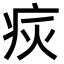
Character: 𤵮